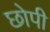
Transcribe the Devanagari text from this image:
छोपी